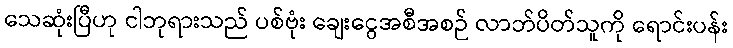
သေဆုံးပြီဟု ငါဘုရားသည် ပစ်ဗုံး ချေးငွေအစီအစဉ် လာဘ်ပိတ်သူကို ရောင်းပန်း